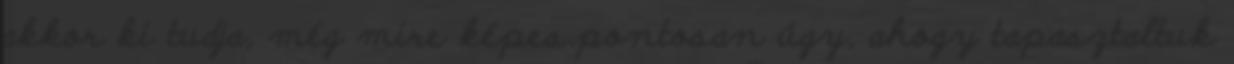
akkor ki tudja, még mire képes.pontosan úgy, ahogy tapasztaltuk